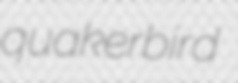
quakerbird